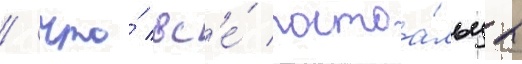
/ что́ вс'е́ постоа́льцы